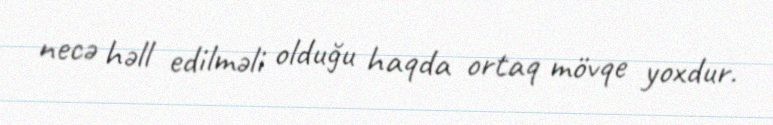
necə həll edilməli olduğu haqda ortaq mövqe yoxdur.